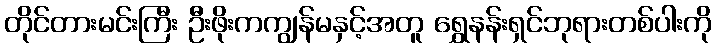
တိုင်တားမင်းကြီး ဦးဖိုးကကျွန်မနှင့်အတူ ရွှေနန်းရှင်ဘုရားတစ်ပါးကို